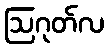
ဩဂုတ်လ